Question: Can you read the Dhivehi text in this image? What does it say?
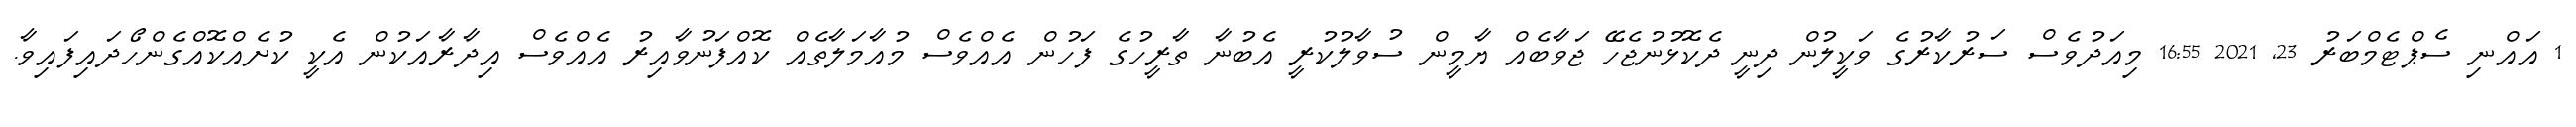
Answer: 1 އައްނި ސެޕްޓެމްބަރު 23, 2021 16:55 މިއަދުވެސް ސަރުކާރުގެ ވަކީލުން ދިނީ ދެކޮޅުނުޖެހޭ ޖަވާބެއް ޔާމީން ސުވާލުކުރީ އެބުނާ ތާރީހުގެ ފަހުން އެއްވެސް މުއާމަލާތެއް ކޮއްފަނުވާއިރު އެއްވެސް އިދާރާއަކުން އެކީ ކުށެއްކޮއްގެންހޯދައިފައިވާ.